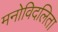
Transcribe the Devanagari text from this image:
मनोविदलिता